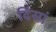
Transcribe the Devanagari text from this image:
दिसां